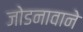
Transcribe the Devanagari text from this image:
जोडनावाने